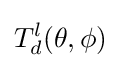
T_{d}^{l}(\theta ,\phi )